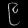
Digit: ၉